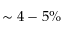
\sim 4 - 5 \%